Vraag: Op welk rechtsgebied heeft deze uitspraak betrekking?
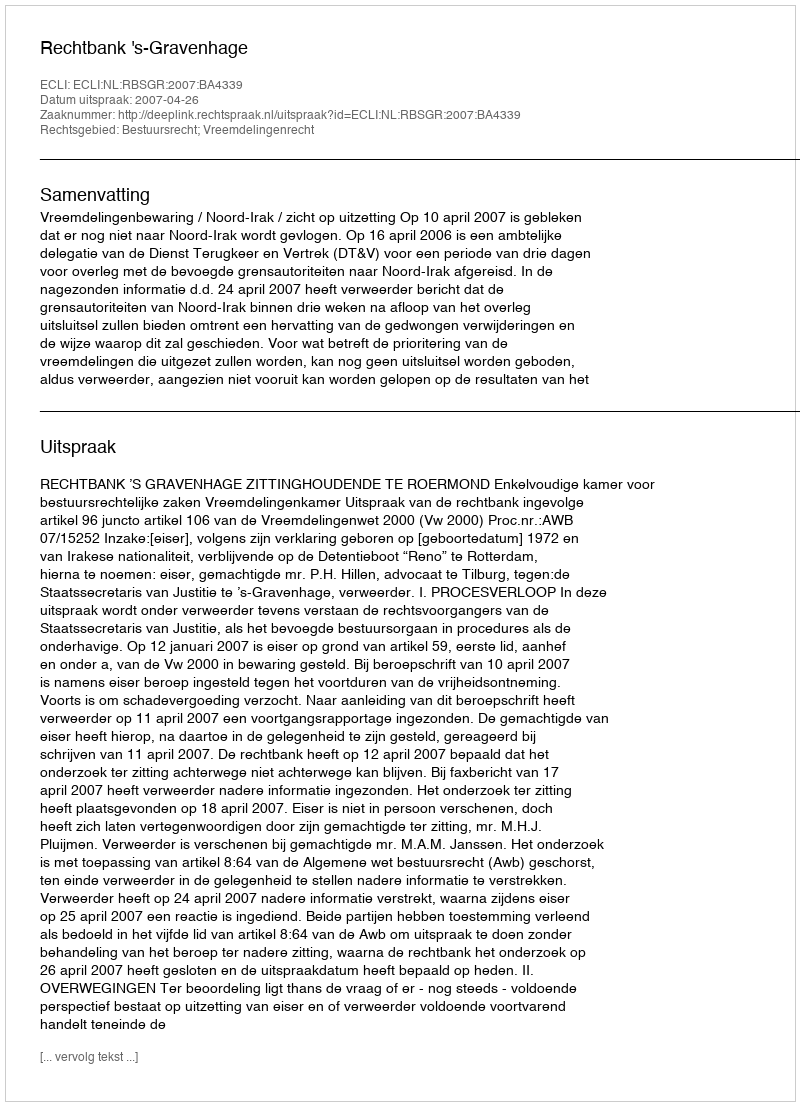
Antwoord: Bestuursrecht; Vreemdelingenrecht